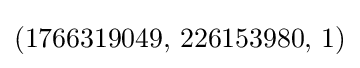
(1766319049,\,226153980,\,1)